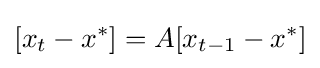
[x_{t}-x^{*}]=A[x_{t-1}-x^{*}]